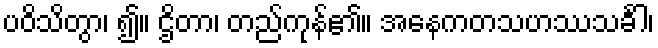
ပဝိသိတွာ၊ ၍။ ဌိတာ၊ တည်ကုန်၏။ အနေကတသဟဿသင်္ခါ၊